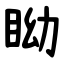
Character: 眑